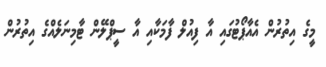
މީގެ އިތުރުން އެއާޕޯޓުގައި އާ ފިއުލް ފާމަކާއި އާ ސީޕްލޭން ޓާމިނަލެއްގެ އިތުރުން